Report on sanitation, dispensaries, and jails in Rajputana for 1910, and on vaccination for the year 1910-1911 - 1910-1911
Year: 1910
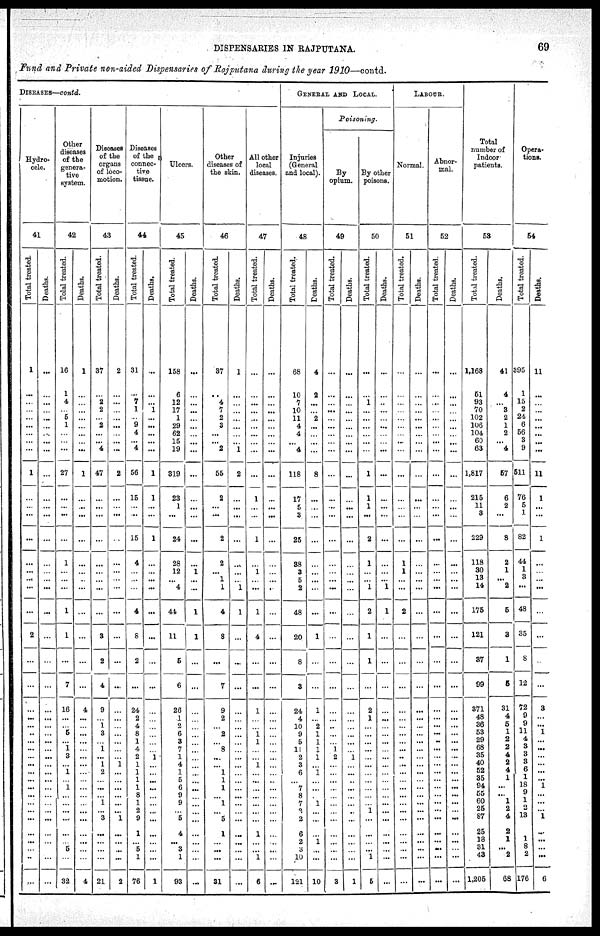
DISPENSARIES IN RAJPUTANA.
69
Fund and Private non-aided Dispensaries of Rajputana during the year 1910—contd.
DISEASES—contd.
Hydro-
cele.
41
Total treated.
1
...
...
...
...
...
...
...
...
1
...
...
...
...
...
...
...
...
...
2
...
...
...
...
...
..
...
...
...
...
...
...
...
...
...
...
...
...
...
...
...
...
Deaths.
...
...
...
...
...
...
...
...
...
...
...
...
...
...
...
...
...
...
...
...
...
...
...
...
...
...
...
...
...
...
...
...
...
...
...
...
...
...
...
...
...
...
Other
diseases
of the
genera-
tive
system.
42
Total treated.
16
1
4
...
5
1
...
...
...
27
...
...
...
...
1
...
...
...
1
1
...
7
16
...
...
5
...
1
3
...
1
...
1
...
...
...
...
...
...
5
...
32
Deaths.
1
...
...
...
...
...
...
...
...
1
...
...
...
...
...
...
...
...
...
...
...
...
4
...
...
...
...
...
...
...
...
...
...
...
...
...
...
...
...
...
...
4
Diseases
of the
organs
of loco-
motion.
43
Total treated.
37
...
2
2
...
2
...
...
4
47
...
...
...
...
...
...
...
...
...
3
2
4
9
...
1
3
...
1
...
1
2
...
...
...
1
...
3
...
...
...
...
21
Deaths.
2
...
...
...
...
...
...
...
...
2
...
...
...
...
...
...
...
...
...
...
...
...
...
...
...
...
...
...
...
1
...
...
...
...
...
...
1
...
...
...
...
2
Diseases
of the
connec-
tive
tissue.
44
Total treated.
31
...
7
1
...
9
4
...
4
56
15
...
...
15
4
...
...
...
4
8
2
...
24
2
4
8
1
4
2
1
1
1
1
8
1
2
9
1
...
5
1
76
Deaths.
...
...
...
1
...
...
...
...
...
1
1
...
...
1
...
...
...
...
...
...
...
...
...
...
...
...
...
...
1
...
...
...
...
...
...
...
...
...
...
...
...
1
Ulcers.
45
Total treated.
158
6
12
17
1
29
62
15
19
319
23
1
...
24
28
12
...
4
44
11
5
6
26
1
2
6
3
7
1
4
1
5
6
9
9
...
5
4
...
3
1
93
Deaths.
...
...
...
...
...
...
...
...
...
...
...
...
...
...
...
1
...
...
1
1
...
...
...
...
...
...
...
...
...
...
...
...
...
...
...
...
...
...
...
...
...
...
Other
diseases of
the skin.
46
Total treated.
37
...
4
7
2
3
...
...
2
55
2
...
...
2
2
...
1
1
4
8
...
7
9
2
...
2
...
8
...
...
1
1
1
...
1
...
5
1
...
...
...
31
Deaths.
1
...
...
...
...
...
...
...
1
2
...
...
...
...
...
...
...
1
1
...
...
...
...
...
...
...
...
...
...
...
...
...
...
...
...
...
...
...
...
...
...
...
All other
local
diseases.
47
Total treated.
...
...
...
...
...
...
...
...
...
...
1
...
...
1
...
1
...
...
1
4
...
...
1
...
...
1
1
...
...
1
...
...
...
...
...
...
...
1
...
...
1
6
Deaths.
...
...
...
...
...
...
...
...
...
...
...
...
...
...
...
...
...
...
...
...
...
...
...
...
...
...
...
...
...
...
...
...
...
...
...
...
...
...
...
...
...
...
GENERAL AND LOCAL.
Injuries
(General
and local).
48
Total treated.
68
10
7
10
11
4
4
...
4
118
17
5
3
25
88
3
5
2
48
20
8
3
24
4
10
9
5
11
2
3
6
...
7
8
7
2
2
6
2
3
10
121
Deaths.
4
2
...
...
2
...
...
...
...
8
...
...
...
...
...
...
...
...
...
1
...
...
1
...
2
1
1
1
1
...
1
...
...
...
1
...
...
...
1
...
...
10
Poisoning.
By
opium.
49
Total treated.
...
...
...
...
...
...
...
...
...
...
...
...
...
...
...
...
...
...
...
...
...
...
...
...
...
...
...
1
2
...
...
...
...
...
...
...
...
...
...
...
...
3
Deaths.
...
...
...
...
...
...
...
...
...
...
...
...
...
...
...
...
...
...
...
...
...
...
...
...
...
...
...
...
1
...
...
...
...
...
...
...
...
...
...
...
...
1
By other
poisons.
50
Total treated.
...
...
1
...
...
...
...
...
...
1
1
1
...
2
1
...
...
1
2
1
1
...
2
1
...
...
...
...
...
...
...
...
...
...
...
1
...
...
...
...
1
5
Deaths.
...
...
..
...
...
...
...
...
...
...
...
...
...
...
...
...
...
1
1
...
...
...
...
...
...
...
...
...
...
...
...
...
...
...
...
...
...
...
...
...
...
...
LABOUR.
Normal.
51
Total treated.
...
...
...
...
...
...
...
...
...
...
...
...
...
...
1
1
...
...
2
...
..
...
...
...
...
...
...
...
..
...
...
...
...
...
...
...
...
...
...
...
...
...
Deaths.
...
...
...
...
...
...
...
...
...
...
...
...
...
...
...
...
...
...
...
...
...
...
...
...
...
...
...
...
...
...
...
...
...
...
...
...
...
...
...
...
...
...
Abnor-
mal.
52
Total treated.
...
...
...
...
...
...
...
...
...
...
...
...
...
...
...
...
...
...
...
...
...
...
...
...
...
...
...
...
...
...
...
...
...
...
...
...
...
...
...
...
...
...
Deaths.
...
...
...
...
...
...
...
...
...
...
...
...
...
...
...
...
...
...
...
...
...
...
...
...
...
...
...
...
...
...
...
...
...
...
...
...
...
...
...
...
...
...
Total
number of
Indoor
patients.
53
Total treated.
1,168
51
93
70
102
106
104
60
63
1,817
215
11
3
229
118
30
13
14
175
121
37
99
371
48
36
53
29
68
35
40
52
35
94
55
60
25
87
25
18
31
43
1,205
Deaths.
41
4
...
3
2
1
2
...
4
57
6
2
...
8
2
1
...
2
5
3
1
5
31
4
5
1
2
2
4
2
4
1
...
...
1
2
4
2
1
...
2
68
Opera-
tions.
54
Total treated.
395
1
15
2
24
6
56
3
9
511
76
5
1
82
44
1
3
...
48
35
8
12
72
9
9
11
4
3
3
3
6
1
18
9
1
2
13
...
1
8
2
176
Deaths.
11
...
...
...
...
...
...
...
...
11
1
...
...
1
...
...
...
...
...
...
...
...
3
...
...
1
...
...
...
...
...
...
1
...
...
...
1
...
...
...
...
6